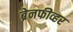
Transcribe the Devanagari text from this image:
ब्रेनफीव्हर